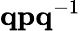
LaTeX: \mathbf{q}\mathbf{p}\mathbf{q}^{-1}